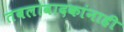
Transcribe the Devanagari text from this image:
तबलावादकांनाही